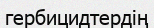
гербицидтердің